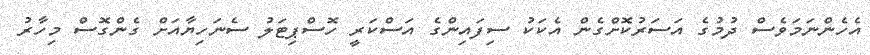
އެހެންނަމަވެސް ދުމުގެ އަސަރުކޮށްގެން އެކަކު ސިފައިންގެ އަސްކަރީ ހޮސްޕިޓަލު ސެނަހިޔާއަށް ގެންގޮސް މިހާރު